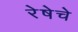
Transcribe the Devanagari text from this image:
रेषेचे